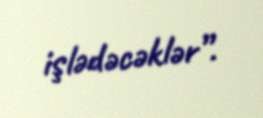
işlədəcəklər”.